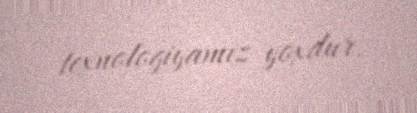
texnologiyamız yoxdur.